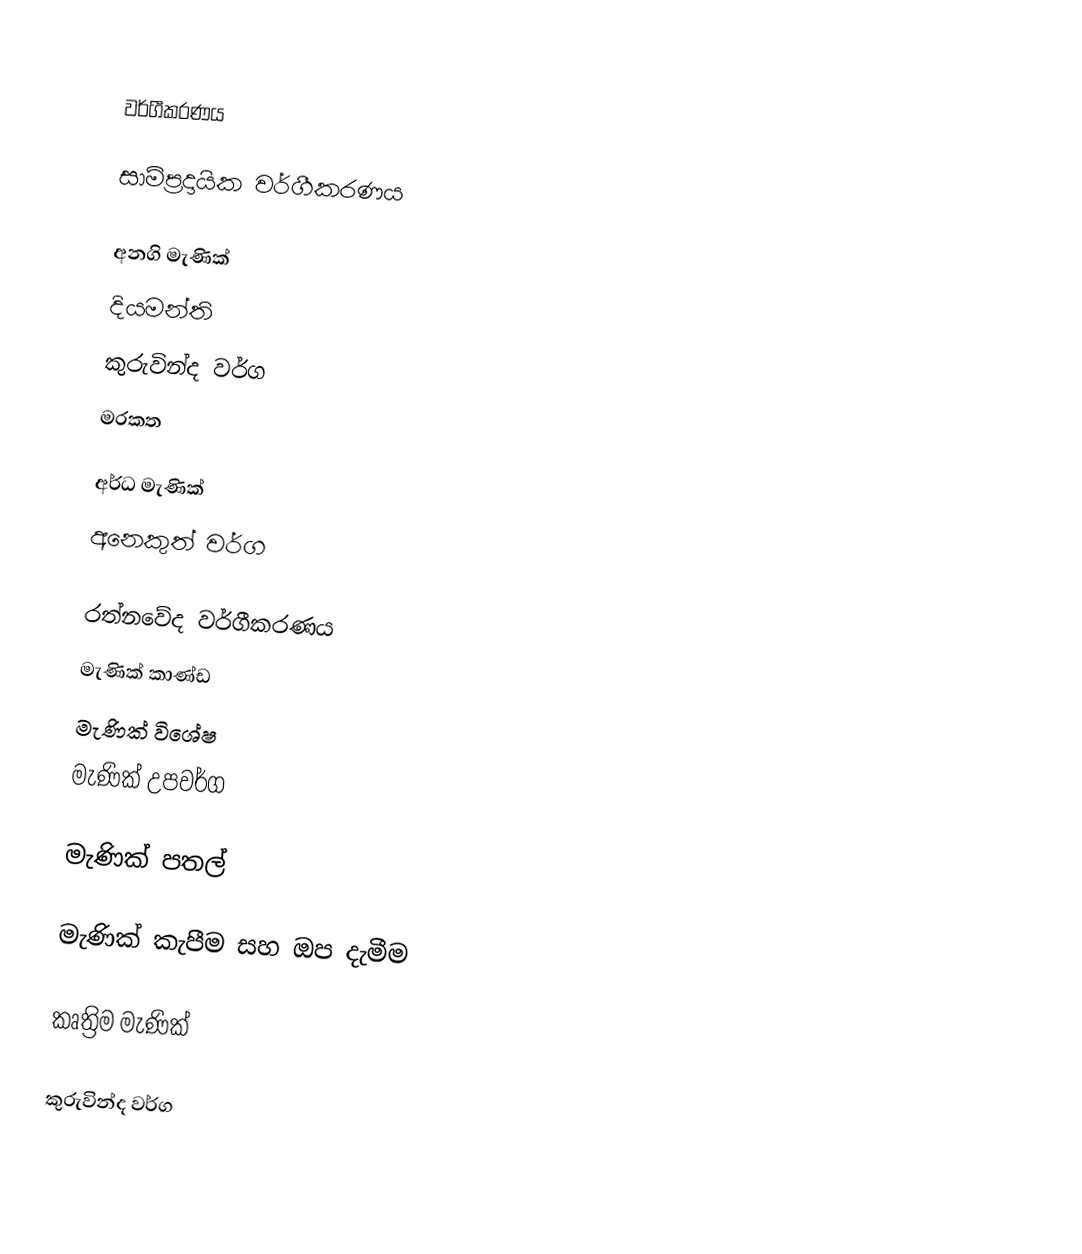

වර්ගීකරණය

සාම්ප්‍රදායික වර්ගීකරණය

අනගි මැණික්
දියමන්ති
 කුරුවින්ද වර්ග
 මරකත

අර්ධ මැණික්
අනෙකුත් වර්ග

රත්නවේද වර්ගීකරණය
 මැණික් කාණ්ඩ
 මැණික් විශේෂ
 මැණික් උපවර්ග

මැණික් පතල්

මැණික් කැපීම සහ ඔප දැමීම

කෘත්‍රිම මැණික්

කුරුවින්ද වර්ග